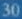
30